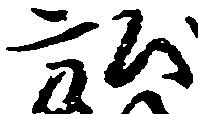
弘